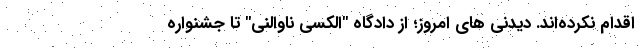
اقدام نکرده‌اند. دیدنی های امروز؛ از دادگاه "الکسی ناوالنی" تا جشنواره